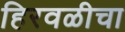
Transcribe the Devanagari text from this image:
हिरवळीचा